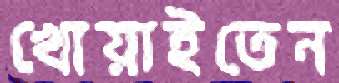
খোয়াইতেন